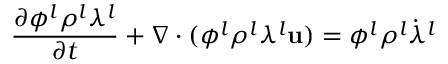
\frac { \partial \phi ^ { l } \rho ^ { l } \lambda ^ { l } } { \partial t } + \nabla \cdot ( \phi ^ { l } \rho ^ { l } \lambda ^ { l } \mathbf { u } ) = \phi ^ { l } \rho ^ { l } \dot { \lambda } ^ { l }